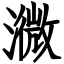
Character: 㵟